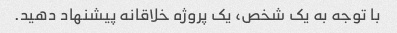
با توجه به یک شخص، یک پروژه خلاقانه پیشنهاد دهید.